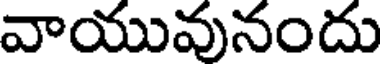
వాయువునందు